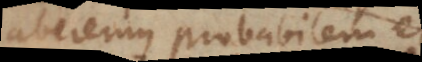
haberemus probabilem et